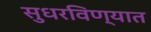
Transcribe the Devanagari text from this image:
सुधरविण्यात